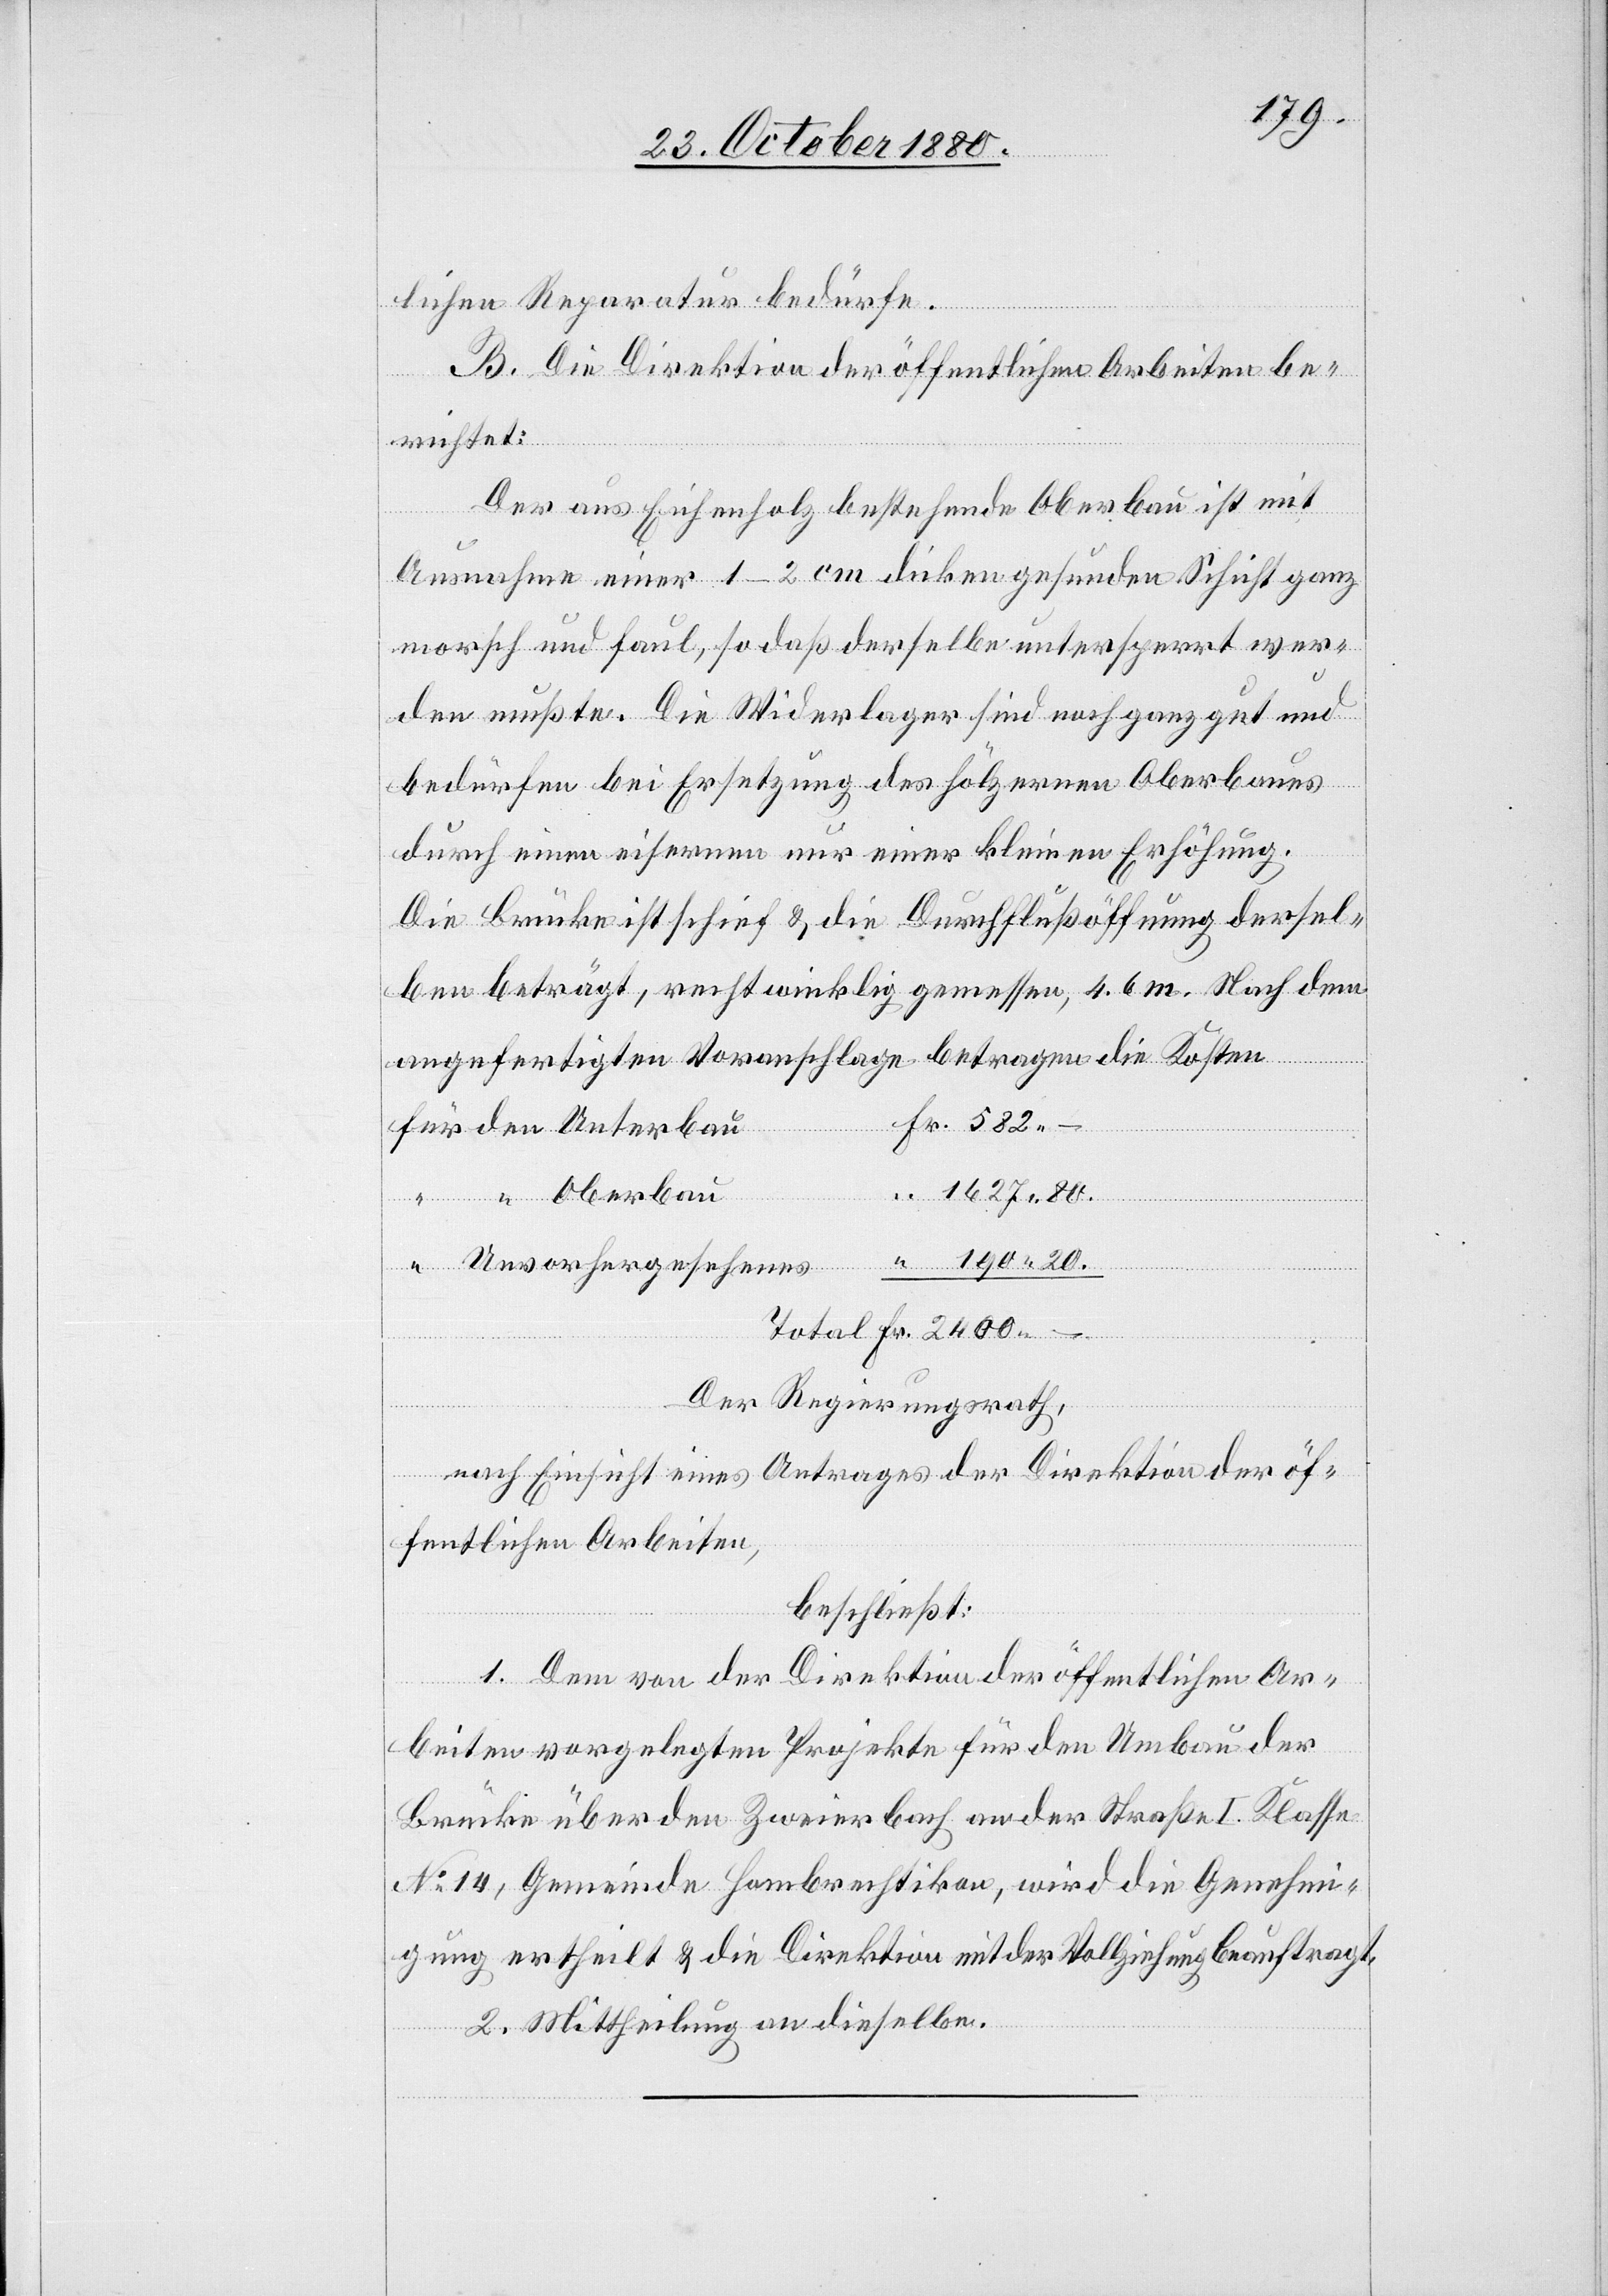
190
lichen Reparatur bedürfe.
B. Die Direktion der öffentlichen Arbeiten be¬
richtet:
Fr.
Der aus Eichenholz bestehende Oberbau ist mit
Ausnahme einer 1–2 cm dicken gesunden Schicht ganz
morsch und faul, so daß derselbe untersperrt wer¬
den mußte. Die Widerlager sind noch ganz gut und
bedürfen bei Ersetzung des hölzernen Oberbaues
durch einen eisernen nur einer kleinen Erhöhung.
Die Brücke ist schief & die Durchflußöffnung dersel¬
ben beträgt, rechtwinklig gemessen, 4.6 m. Nach dem
angefertigten Voranschlage betragen die Kosten
Der Regierungsrath,
nach Einsicht eines Antrages der Direktion der öf¬
fentlichen Arbeiten,
beschließt:
1. Dem von der Direktion der öffentlichen Ar¬
beiten vorgelegten Projekte für den Umbau der
Brücke über den Zweierbach an der Straße I. Klasse
No 14, Gemeinde Hombrechtikon, wird die Genehmi¬
gung ertheilt & die Direktion mit der Vollziehung beauftragt.
2. Mittheilung an dieselben.